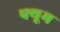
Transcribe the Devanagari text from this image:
फ्यूम